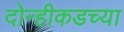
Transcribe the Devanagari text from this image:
दोन्हीकडच्या